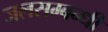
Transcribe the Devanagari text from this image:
जलसम्बन्धी